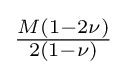
{\tfrac {M(1-2\nu )}{2(1-\nu )}}